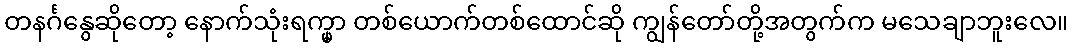
တနင်္ဂနွေဆိုတော့ နောက်သုံးရက္မှာ တစ်ယောက်တစ်ထောင်ဆို ကျွန်တော်တို့အတွက်က မသေချာဘူးလေ။